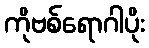
ကိုဗစ်ရောဂါပိုး